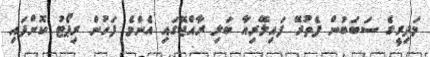
މަދިރީގެ ސަބަބުން ފެތުރޭ ފައިލޭރިއާ ބަލި ރާއްޖޭގައި އެންމެ ފަހުން ރިޕޯޓު ކޮށްފައި